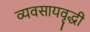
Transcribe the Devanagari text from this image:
व्यवसायवृद्धी